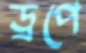
ড্রপে